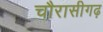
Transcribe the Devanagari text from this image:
चौरासीगढ़